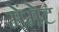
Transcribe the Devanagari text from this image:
मेंमेट